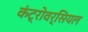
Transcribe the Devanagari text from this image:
कंट्रोवर्सियल